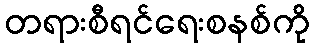
တရားစီရင်ရေးစနစ်ကို